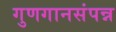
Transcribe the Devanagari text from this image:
गुणगानसंपन्न